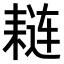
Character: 𫅼